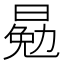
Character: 𣈳